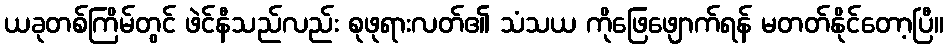
ယခုတစ်ကြိမ်တွင် ဖဲင်နီသည်လည်း စုဖုရားလတ်၏ သံသယ ကိုဖြေဖျောက်ရန် မတတ်နိုင်တော့ပြီ။